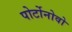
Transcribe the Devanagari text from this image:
पोर्टोनोवो